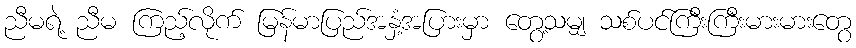
ညီမရဲ့ ညီမ ကြည့်လိုက် မြန်မာပြည်အနှံ့အပြားမှာ တွေ့သမျှ သစ်ပင်ကြီးကြီးမားမားတွေ